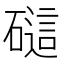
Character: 𰧟